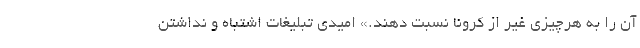
آن را به هرچیزی غیر از کرونا نسبت دهند.» امیدی تبلیغات اشتباه و نداشتن